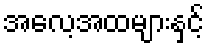
အလေ့အထများနှင့်